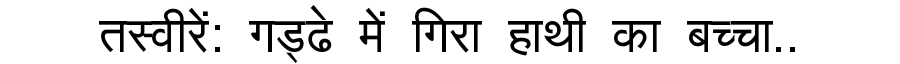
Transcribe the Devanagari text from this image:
तस्वीरें: गड्ढे में गिरा हाथी का बच्चा..